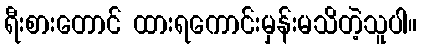
ရီးစားတောင် ထားရကောင်းမှန်းမသိတဲ့သူပါ။